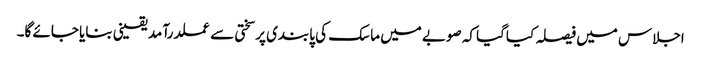
اجلاس میں فیصلہ کیاگیا کہ صوبے میں ماسک کی پابندی پرسختی سے عملدرآمد یقینی بنایا جائے گا۔